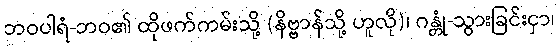
ဘဝပါရံ-ဘဝ၏ ထိုဖက်ကမ်းသို့ (နိဗ္ဗာန်သို့ ဟူလို)၊ ဂန္တုံ-သွားခြင်းငှာ၊